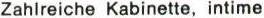
Zahlreiche Kabinette, intime